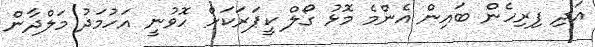
އަދި ފިރިހެން ބައިން އެންމެ މޮޅު ގޯލް ކީޕަރަކަށް ހޮވުނީ އަހުމަދު މަލްދާން